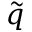
\tilde { q }